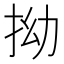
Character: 拗